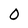
Character: 0